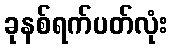
ခုနစ်ရက်ပတ်လုံး